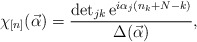
\begin{align*}\chi_{[n]}(\vec{\alpha}) = \frac{\det_{jk} \mbox{e}^{i \alpha_j (n_k+N-k)}} { \Delta(\vec{\alpha}) },\end{align*}